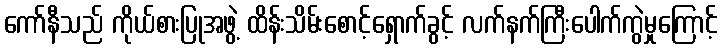
ကော်နီသည် ကိုယ်စားပြုအဖွဲ့ ထိန်းသိမ်းစောင့်ရှောက်ခွင့် လက်နက်ကြီးပေါက်ကွဲမှုကြောင့်